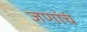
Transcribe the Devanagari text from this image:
जणांचं